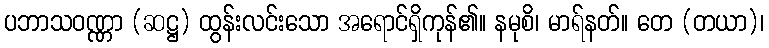
ပဘာသဝဏ္ဏာ (ဆဋ္ဌ) ထွန်းလင်းသော အရောင်ရှိကုန်၏။ နမုစိ၊ မာရ်နတ်။ တေ (တယာ)၊